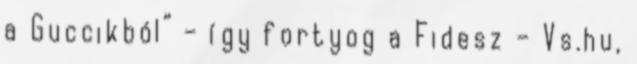
a Guccikból” – így fortyog a Fidesz – Vs.hu,